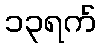
၁၃ရက်